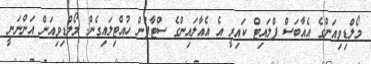
މޯލްޑިވިއަންގެ އެއާބަސް ފްލައިޓް ކައިރީ އެ އެއާލައިންގެ ސްޓާފުން ހުއްޓިލައިގެން: މޯލްޑިވިއަން އަންނަނީ